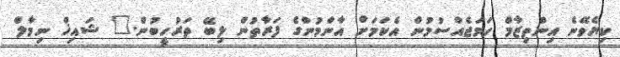
ކިޔެވޭނެ އިންތިޒާމް ހަމަޖެއްސުމުން އެކަމަށް އާންމުންގެ ފަރާތުން ލިބޭ ތަރުހީބުން." ޝައިޚް ނިމާލް